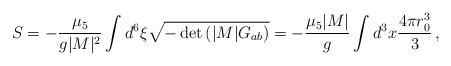
LaTeX: \begin{align*}S = -\frac{\mu_5}{g|M|^2} \int d^6\xi \sqrt{-\det \left( |M| G_{ab}\right)} = -\frac{\mu_5 |M|}{g} \int d^3x \frac{4\pi r_0^3}{3}\, ,\end{align*}